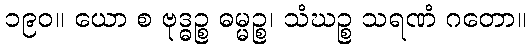
၁၉၀။ ယော စ ဗုဒ္ဓဉ္စ ဓမ္မဉ္စ၊ သံဃဉ္စ သရဏံ ဂတော။